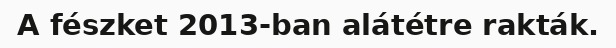
A fészket 2013-ban alátétre rakták.